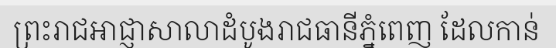
ព្រះរាជអាជ្ញាសាលាដំបូងរាជធានីភ្នំពេញ ដែលកាន់